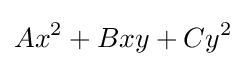
Ax^{2}+Bxy+Cy^{2}